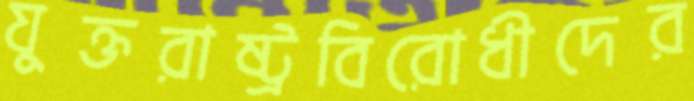
যুক্তরাষ্ট্রবিরোধীদের